Report of the Indian Hemp Drugs Commission, 1894-1895 - Volume III
Year: 1894
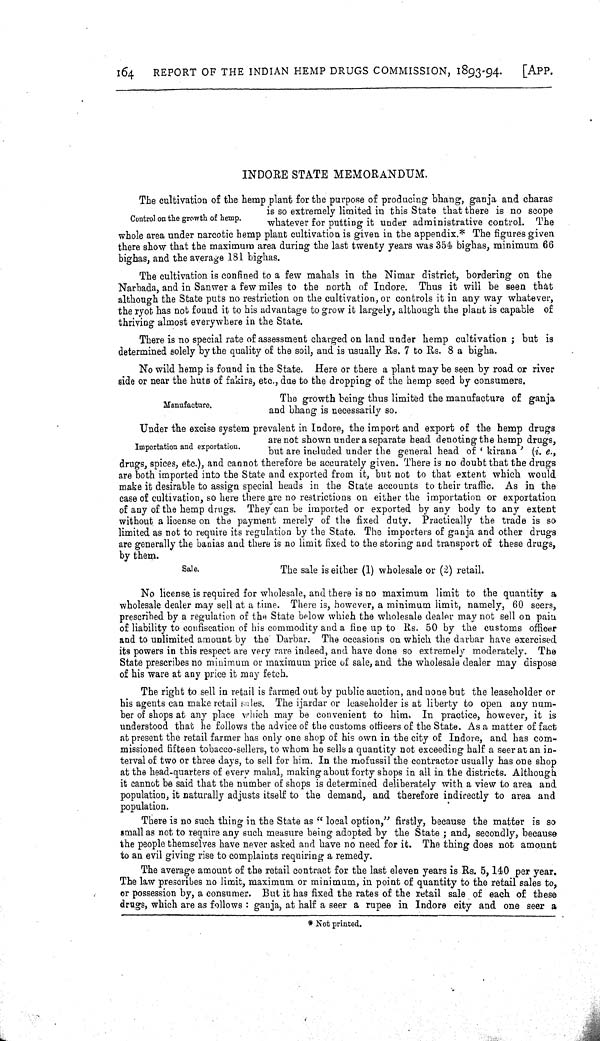
164
REPORT OF THE INDIAN HEMP DRUGS COMMISSION, 1893-94.
[APP.
Control on the growth of hemp.
INDORE STATE MEMORANDUM.
The cultivation of the hemp plant for the purpose of producing bhang, ganja and charas
is so extremely limited in this State that there is no scope
whatever
for putting it under administrative control. The
whole area under narcotic hemp plant cultivation is given in the appendix.* The figures given
there show that the maximum area during the last twenty years was 354 bighas, minimum 66
bighas, and the average 181 bighas.
The cultivation is confined to a few mahals in the Nimar district, bordering on the
Narbada, and in Sanwer a few miles to the north of Indore. Thus it will be seen that
although the State puts no restriction on the cultivation, or controls it in any way whatever,
the ryot has not found it to his advantage to grow it largely, although the plant is capable of
thriving almost everywhere in the State.
There is no special rate of assessment charged on land under hemp cultivation; but is
determined solely by the quality of the soil, and is usually Rs. 7 to Rs. 8 a bigha.
No wild hemp is found in the State. Here or there a plant may be seen by road or river
side or near the huts of fakirs, etc., due to the dropping of the hemp seed by consumers.
The growth being thus limited the manufacture of ganja
Manufacture.
and bhang is necessarily so.
Under the excise system prevalent in Indore, the import and export of the hemp drugs
are not shown under a separate head denoting the hemp drugs,
Importation and exportation.
but are included under the general head of ' kirana ' (i. e.,
drugs, spices, etc.), and cannot therefore be accurately given. There is no doubt that the drugs
are both imported into the State and exported from it, but not to that extent which would
make it desirable to assign special heads in the State accounts to their traffic. As in the
case of cultivation, so here there are no restrictions on either the importation or exportation
of any of the hemp drugs. They can be imported or exported by any body to any extent
without a license on the payment merely of the fixed duty. Practically the trade is so
limited as not to require its regulation by the State. The importers of ganja and other drugs
are generally the banias and there is no limit fixed to the storing and transport of these drugs,
by them.
Sale.
The sale is either (1) wholesale or (2) retail.
No license is required for wholesale, and there is no maximum limit to the quantity a
wholesale dealer may sell at a time. There is, however, a minimum limit, namely, 60 seers,
prescribed by a regulation of the State below which the wholesale dealer may not sell on pain
of liability to confiscation of his commodity and a fine up to Rs. 50 by the customs officer
and to unlimited amount by the Darbar. The occasions on which the darbar have exercised
its powers in this respect are very rare indeed, and have done so extremely moderately. The
State prescribes no minimum or maximum price of sale, and the wholesale dealer may dispose
of his ware at any price it may fetch.
The right to sell in retail is farmed out by public auction, and none but the leaseholder or
his agents can make retail sales. The ijardar or leaseholder is at liberty to open any num-
ber of shops at any place which may be convenient to him, In practice, however, it is
understood that he follows the advice of the customs officers of the State. As a matter of fact
at present the retail farmer has only one shop of his own in the city of Indore, and has com-
missioned fifteen tobacco-sellers, to whom he sells a quantity not exceeding half a seer at an in-
terval of two or three days, to sell for him. In the mofussil the contractor usually has one shop
at the head-quarters of every mahal, making about forty shops in all in the districts. Although
it cannot be said that the number of shops is determined deliberately with a view to area and
population, it naturally adjusts itself to the demand, and therefore indirectly to area and
population.
There is no such thing in the State as "local option" firstly, because the matter is so
small as not to require any such measure being adopted by the State; and, secondly, because
the people themselves have never asked and have no need for it. The thing does not amount
to an evil giving rise to complaints requiring a remedy.
The average amount of the retail contract for the last eleven years is Rs. 5,140 per year.
The law prescribes no limit, maximum or minimum, in point of quantity to the retail sales to,
or possession by, a consumer. But it has fixed the rates of the retail sale of each of these
drugs, which are as follows: ganja, at half a seer a rupee in Indore city and one seer a
* Not printed.